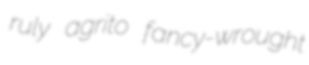
ruly agrito fancy-wrought